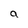
Character: a